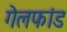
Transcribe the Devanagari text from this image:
गेलफांड